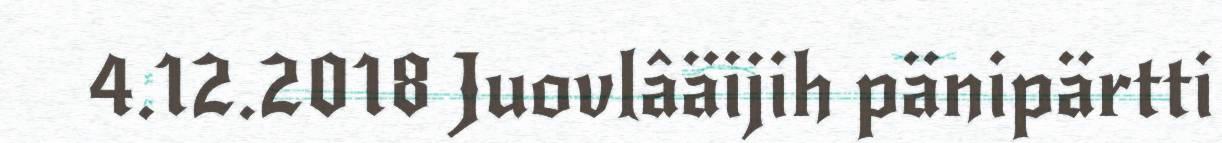
4.12.2018 Juovlâäijih pänipärtti